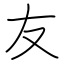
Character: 友